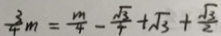
\frac { 3 } { 4 } m = \frac { m } { 4 } - \frac { \sqrt { 3 } } { 4 } + \sqrt { 3 } + \frac { \sqrt { 3 } } { 2 }